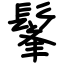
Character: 髼